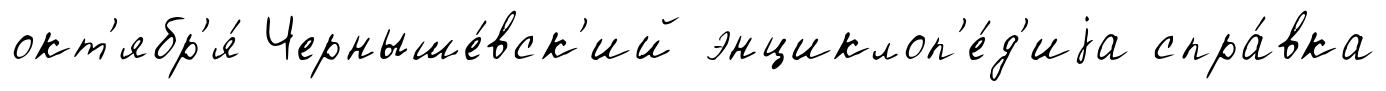
окт'ябр'я́ Черныше́вск'ий энциклоп'е́д'иjа спра́вка